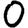
Digit: 0